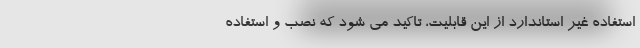
استفاده غیر استاندارد از این قابلیت، تاکید می شود که نصب و استفاده